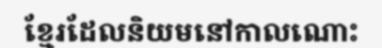
ខ្មែរដែលនិយមនៅកាលណោះ